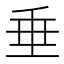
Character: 垂